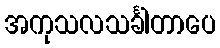
အကုသလသင်္ခါတာပေ